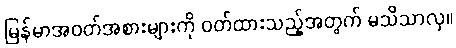
မြန်မာအဝတ်အစားများကို ဝတ်ထားသည့်အတွက် မသိသာလှ။